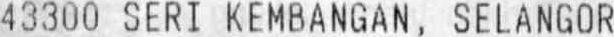
43300 SERI KEMBANGAN , SELANGOR